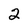
Character: 2